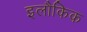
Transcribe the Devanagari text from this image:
इलौकिक